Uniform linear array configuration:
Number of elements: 8
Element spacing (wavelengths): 0.25
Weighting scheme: blackman
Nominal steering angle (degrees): -15
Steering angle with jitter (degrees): -16.054
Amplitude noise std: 0.05
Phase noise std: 0.05

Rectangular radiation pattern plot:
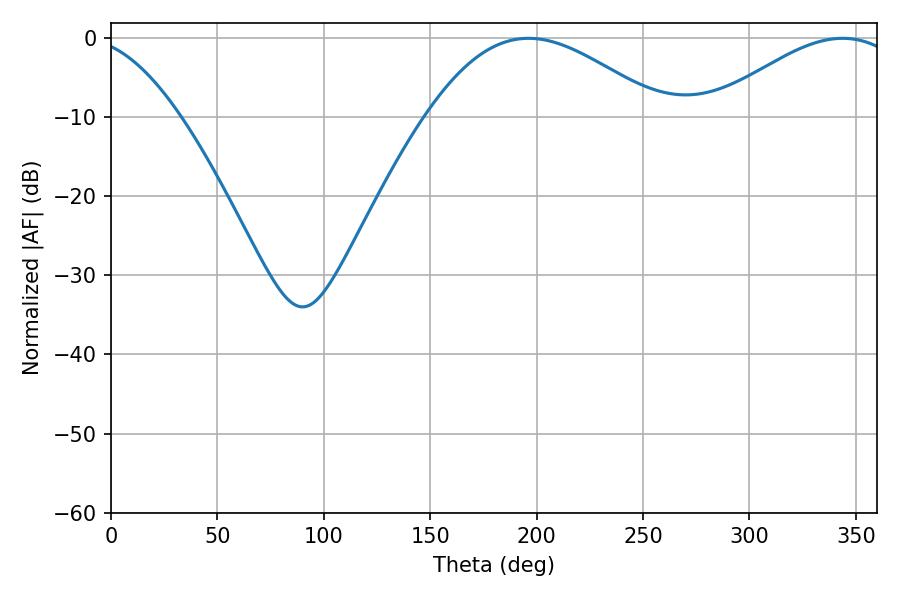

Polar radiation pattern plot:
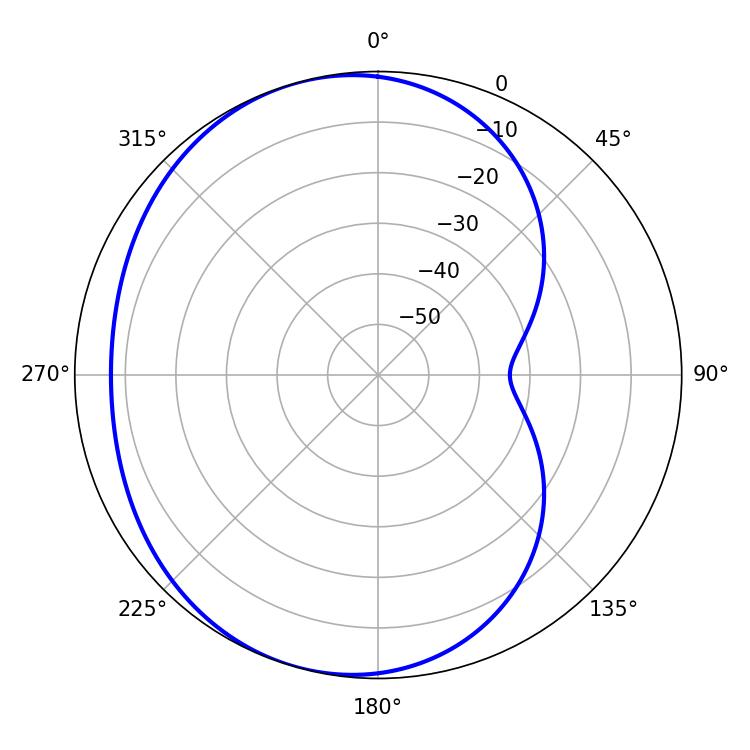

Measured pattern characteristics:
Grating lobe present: FALSE
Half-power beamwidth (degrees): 59.76
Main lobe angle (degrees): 196.2